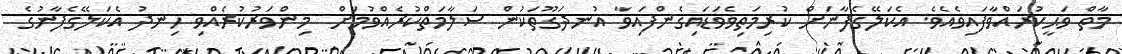
މާތް ވަޙީކުރައްވާފައިވެއެވެ. އެކަލޭގެފާނަށް ކުރިމަތިވެވަޑައިގެންފައިވާ އުނދަގޫތަކުން ސަލާމަތްކުރެއްވުމަށް  މިންވަރުކުރެއްވި ހިނދު އެކަލޭގެފާނުގެ